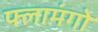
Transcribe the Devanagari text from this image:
फ्लामंगो